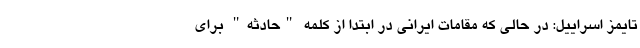
تایمز اسراییل: در حالی که مقامات ایرانی در ابتدا از کلمه "حادثه" برای